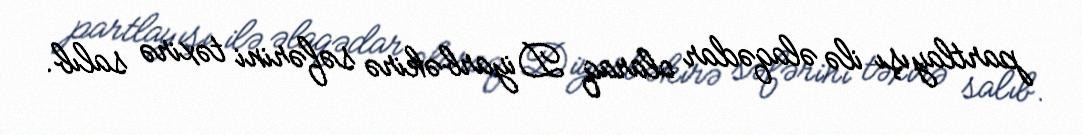
partlayışı ilə əlaqədar olaraq Diyarbəkirə səfərini təxirə salıb.